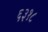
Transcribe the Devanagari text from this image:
६३१८